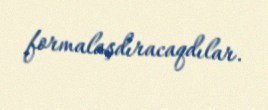
formalaşdıracaqdılar.